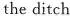
the ditch